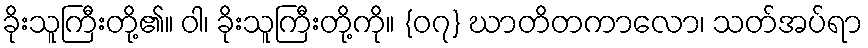
ခိုးသူကြီးတို့၏။ ဝါ၊ ခိုးသူကြီးတို့ကို။ {၀၇} ဃာတိတကာလော၊ သတ်အပ်ရာ